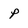
Character: p